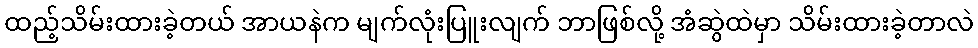
ထည့်သိမ်းထားခဲ့တယ် အာယနဲက မျက်လုံးပြူးလျက် ဘာဖြစ်လို့ အံဆွဲထဲမှာ သိမ်းထားခဲ့တာလဲ